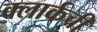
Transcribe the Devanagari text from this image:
क्‍लार्कची